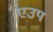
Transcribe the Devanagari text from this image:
एउप